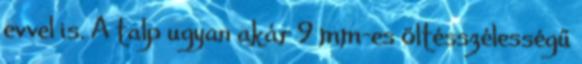
evvel is. A talp ugyan akár 9 mm-es öltésszélességű